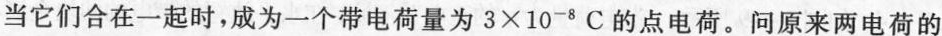
当它们合在一起时，成为一个带电荷量为3\times10^{-8}C的点电荷。问原来两电荷的